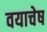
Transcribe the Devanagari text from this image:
वयाचेष